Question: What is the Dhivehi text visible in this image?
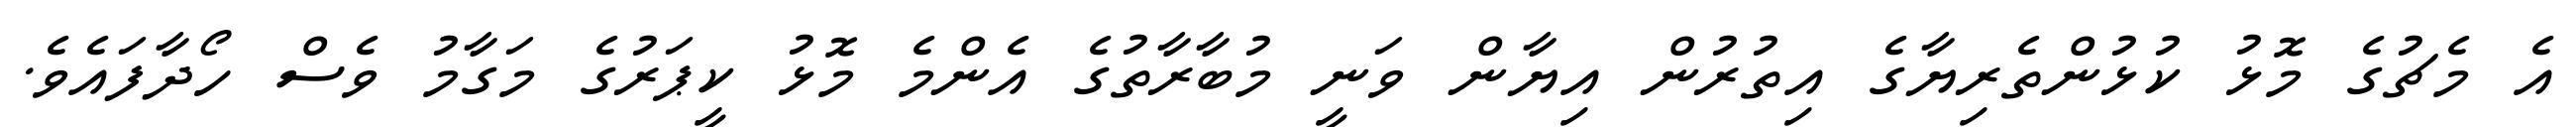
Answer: އެ މެޗުގެ މޮޅު ކުޅުންތެރިޔާގެ އިތުރުން އިޔާން ވަނީ މުބާރާތުގެ އެންމެ މޮޅު ކީޕަރުގެ މަގާމު ވެސް ހޯދާފައެވެ.